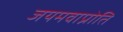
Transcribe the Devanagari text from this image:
जयमवाप्नोति